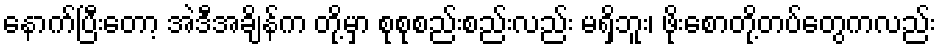
နောက်ပြီးတော့ အဲဒီအချိန်က တို့မှာ စုစုစည်းစည်းလည်း မရှိဘူး၊ ဖိုးစောတို့တပ်တွေကလည်း